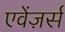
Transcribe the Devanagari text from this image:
एवेंज़र्स